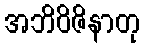
အဘိဝိဇိနာတု